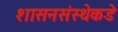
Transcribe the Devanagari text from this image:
शासनसंस्थेकडे